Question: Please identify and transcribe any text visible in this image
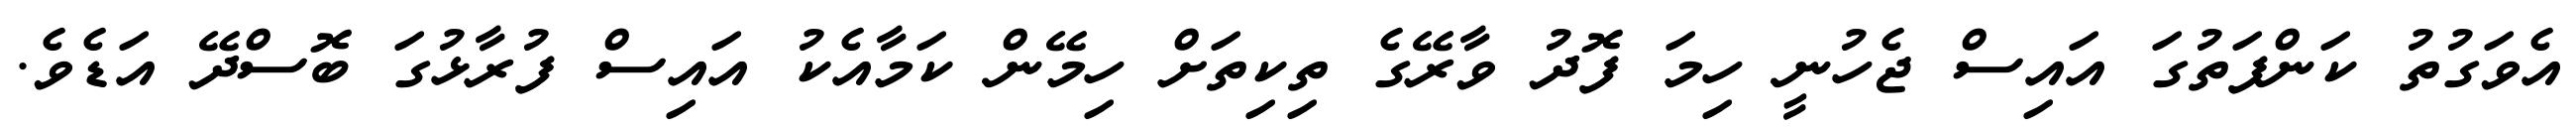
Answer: އެވަގުތު ކަންފަތުގަ އައިސް ޖެހުނީ ހިމަ ފޮދު ވާރޭގެ ތިކިތަށް ހިމޭން ކަމާއެކު އައިސް ފުރާޅުގަ ބޮސްދޭ އަޑެވެ.